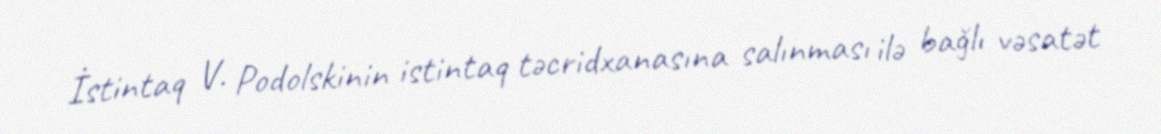
İstintaq V. Podolskinin istintaq təcridxanasına salınması ilə bağlı vəsatət